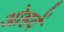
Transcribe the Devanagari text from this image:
ओहदें